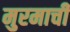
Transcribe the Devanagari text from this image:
मुरमाची